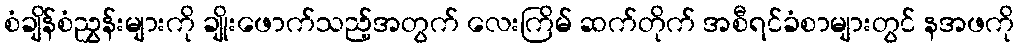
စံချိန်စံညွှန်းများကို ချိုးဖောက်သည့်အတွက် လေးကြိမ် ဆက်တိုက် အစီရင်ခံစာများတွင် နအဖကို